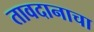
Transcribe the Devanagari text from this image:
तावदानाचा